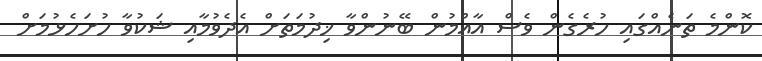
ކޮންމެ ތަނެއްގައި ހުރެގެން ވެސް އާއްމުން ބޭނުންވާ ޚިދުމަތަށް އެދެވުމާއި ޝަކުވާ ހުށަހެޅުމަށް